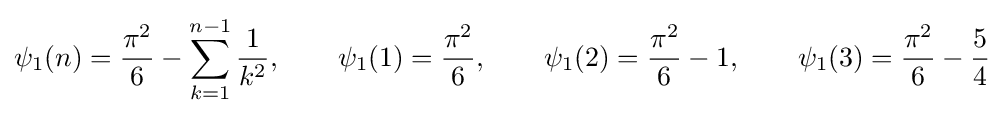
\psi _{1}(n)={\frac {\pi ^{2}}{6}}-\sum _{k=1}^{n-1}{\frac {1}{k^{2}}},\qquad \psi _{1}(1)={\frac {\pi ^{2}}{6}},\qquad \psi _{1}(2)={\frac {\pi ^{2}}{6}}-1,\qquad \psi _{1}(3)={\frac {\pi ^{2}}{6}}-{\frac {5}{4}}